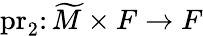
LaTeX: \mathrm{pr}_{2}\colon\widetilde{M}\times F\rightarrow F